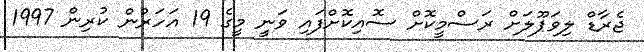
ޖެރާޑް ލިވަޕޫލަށް ރަސްމީކޮށް ސޮއިކޮށްފައި ވަނީ މީގެ 19 އަހަރުން ކުރިން 1997